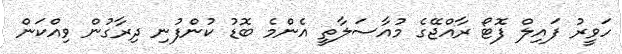
ހަވީރު ފައިލް ފޮޓޯ ރާއްޖޭގެ މުއާސަލާތީ އެންމެ ބޮޑު ކުންފުނި ދިރާގުން ވިއްކަން